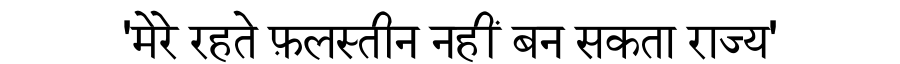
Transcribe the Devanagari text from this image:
'मेरे रहते फ़लस्तीन नहीं बन सकता राज्य'